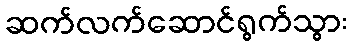
ဆက်လက်ဆောင်ရွက်သွား